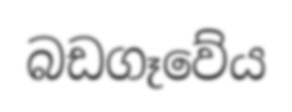
බඩගෑවේය